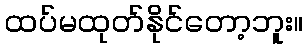
ထပ်မထုတ်နိုင်တော့ဘူး။